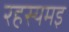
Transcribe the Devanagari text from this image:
रहस्यमइ